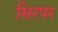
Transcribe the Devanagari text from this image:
सिरपर